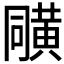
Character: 𪎼